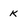
Character: K